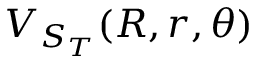
V _ { S _ { T } } ( R , r , \theta )